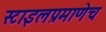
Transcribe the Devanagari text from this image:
स्टाइलप्रमाणेच